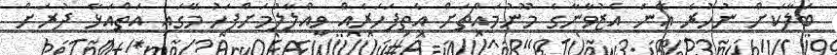
ބަލާކަށް ނުހުރެ އޭނަ އެޒުވާނާގެ މޫނުމައްޗަށް އެތިފަހަރެއް ވީއްލާލުމަށްފަހު މޭގައި އަތްއަޅާ ދުރަށް